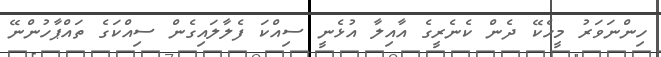
ހިންނަވަރު މީހެކޭ ދެން ކެނެރީގެ އާއިލާ އުޅެނީ ސިއްކަ ފެލާލައިގެން ސިއްކަގެ ތައްޕާހުންނޭ